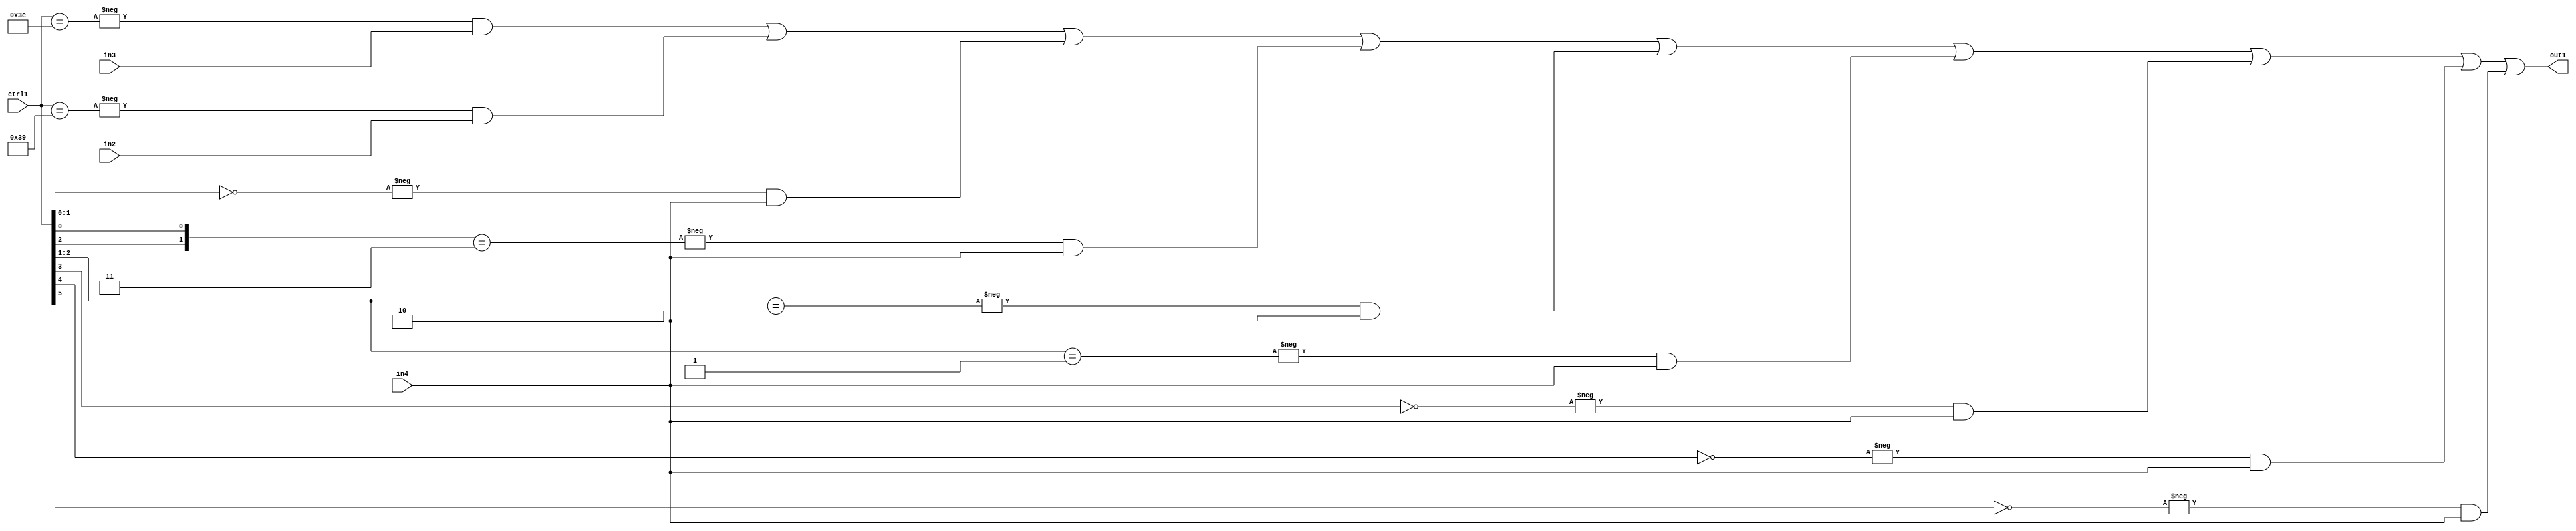
`timescale 1ps / 1ps
/*****************************************************************************
    Verilog RTL Description
    
    
    Created by: Stratus DpOpt 21.05.01 
*******************************************************************************/

module SobelFilter_N_Mux_32_3_70_1 (
	in4,
	in3,
	in2,
	ctrl1,
	out1
	); /* architecture "behavioural" */ 
input [31:0] in4;
input [8:0] in3,
	in2;
input [5:0] ctrl1;
output [31:0] out1;
wire [31:0] asc001;

assign asc001 = 
	-{ctrl1 == 6'B111110} & in3 |
	-{ctrl1 == 6'B111001} & in2 |
	-{ctrl1[1:0] == 2'B00} & in4 |
	-{{ctrl1[2], ctrl1[0]} == 2'B11} & in4 |
	-{ctrl1[2:1] == 2'B10} & in4 |
	-{ctrl1[2:1] == 2'B01} & in4 |
	-{ctrl1[3] == 1'B0} & in4 |
	-{ctrl1[4] == 1'B0} & in4 |
	-{ctrl1[5] == 1'B0} & in4 ;

assign out1 = asc001;
endmodule

/* CADENCE  vrD5Tg0= : u9/ySxbfrwZIxEzHVQQV8Q== ** DO NOT EDIT THIS LINE ******/